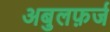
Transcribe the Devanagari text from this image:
अबुलफ़र्ज